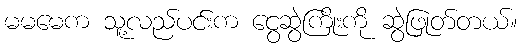
မမမေက သူ့လည်ပင်းက ငွေဆွဲကြိုးကို ဆွဲဖြုတ်တယ်။